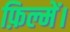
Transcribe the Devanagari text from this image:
फ़िल्में।